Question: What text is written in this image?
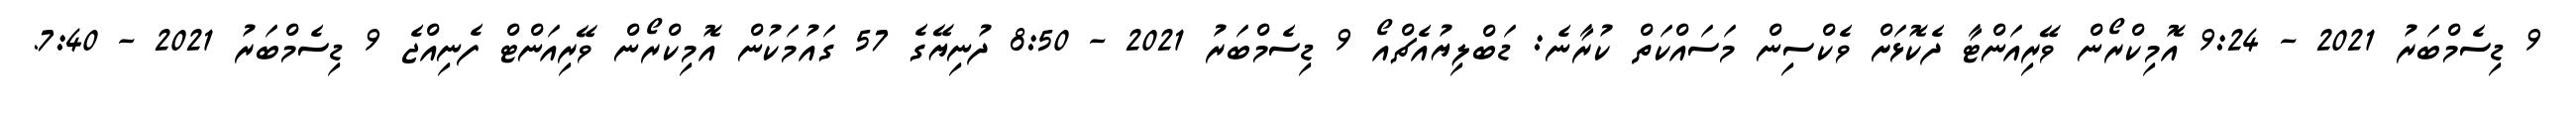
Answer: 9 ޑިސެމްބަރު 2021 - 9:24 އޮމިކްރޯން ވޭރިއަންޓާ ދެކޮޅަށް ވެކްސިން މަސައްކަތް ކުރާނެ: ޑަބްލިޔުއެޗްއޯ 9 ޑިސެމްބަރު 2021 - 8:50 ދުނިޔޭގެ 57 ގައުމަކުން އޮމިކްރޯން ވޭރިއަންޓް ފެނިއްޖެ 9 ޑިސެމްބަރު 2021 - 7:40.